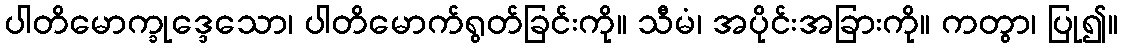
ပါတိမောက္ခုဒ္ဒေသော၊ ပါတိမောက်ရွတ်ခြင်းကို။ သီမံ၊ အပိုင်းအခြားကို။ ကတွာ၊ ပြု၍။